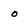
Character: o